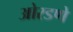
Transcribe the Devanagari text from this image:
ओरडणे